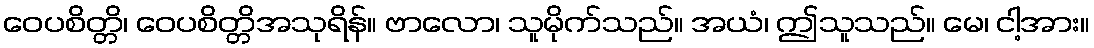
ဝေပစိတ္တိ၊ ဝေပစိတ္တိအသုရိန်။ ဗာလော၊ သူမိုက်သည်။ အယံ၊ ဤသူသည်။ မေ၊ ငါ့အား။